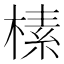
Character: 榡